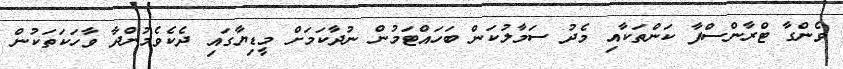
ވެންގާ ޓްރާންސްފާ ކަންތަކާއި މެދު ސަމާލުކަން ބަހައްޓަމުން ނުދާކަމަށް މީޑިޔާގައި ދެކެވެމުންދާ ވާހަކަތަކުން